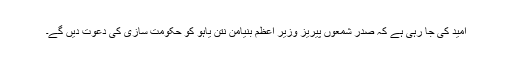
امید کی جا رہی ہے کہ صدر شمعوں پیریز وزیر اعظم بنیامن نتن یاہو کو حکومت سازی کی دعوت دیں گے۔